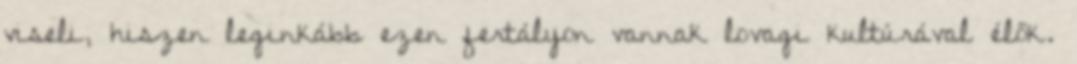
viseli, hiszen leginkább ezen fertályon vannak lovagi kultúrával élők.